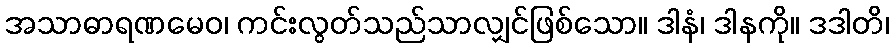
အသာဓာရဏမေဝ၊ ကင်းလွတ်သည်သာလျှင်ဖြစ်သော။ ဒါနံ၊ ဒါနကို။ ဒဒါတိ၊